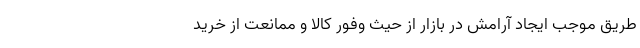
طریق موجب ایجاد آرامش در بازار از حیث وفور کالا و ممانعت از خرید